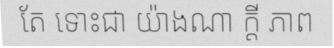
តែ ទោះជា យ៉ាងណា ក្តី ភាព